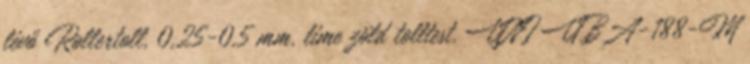
lévő Rollertoll, 0,25-0,5 mm, lime zöld tolltest, UNI UBA-188-M